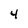
Character: 4